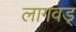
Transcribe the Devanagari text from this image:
लागवड्